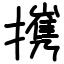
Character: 㩗